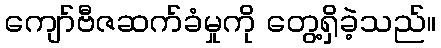
ကျော်ဗီဇဆက်ခံမှုကို တွေ့ရှိခဲ့သည်။